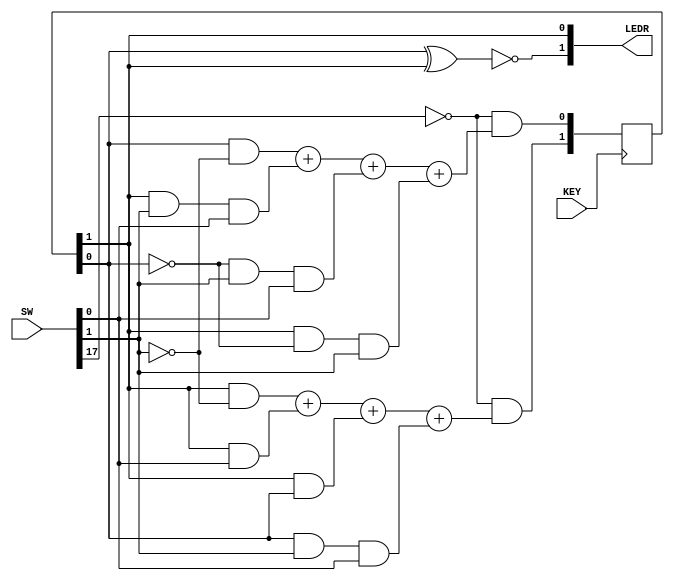
// Top Level Function

/*
In this version of the design you should implement the combinational next-state and output logic using assign statements and the behavioral logic operators (&, |, ^, and ~). 
Flip-flops should be implemented using an always @(posedge Clock), and Reset should be done in the always block.
*/

`timescale 1ns/1ns
module UpDownCounterV1(SW, KEY, LEDR);

// Input

// UpDown = SW[0]...Enable = SW[1]...Reset = SW[17]
input [17:0] SW;
// KEY[0] = CLK
input [0:0] KEY;

// Output

// Taken = LEDR[0]...Strong = LEDR[1]
output [1:0] LEDR;

// Intial State
reg[1:0] Q;
initial Q = 2'b00;

// Next State Logic
wire[1:0] D;
assign D[1] = (~SW[17]) & ((Q[1] & ~SW[1]) + (Q[1] & SW[0]) + (Q[1] & Q[0]) + (Q[0] & SW[1] & SW[0]));
assign D[0] = (~SW[17]) & ((Q[0] & ~SW[1]) + (Q[1] & SW[1] & SW[0]) + (~Q[0] & SW[1] & SW[0]) + (Q[1] & ~Q[0] & SW[1]));

always @(posedge KEY[0])
	begin
		Q <= D;
	end

// Output Assignment
assign LEDR[0] = Q[1];
assign LEDR[1] = ~(Q[0] ^ Q[1]);

endmodule